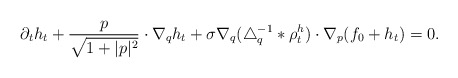
\begin{align*}\partial_t h_t + \frac{p}{\sqrt{1+\lvert p \rvert^2}} \cdot \nabla_q h_t + \sigma \nabla_q(\triangle_q^{-1}\ast \rho^h_t) \cdot \nabla_p (f_0 + h_t)=0. \end{align*}